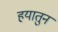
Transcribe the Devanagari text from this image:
हयातुन